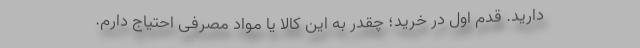
دارید. قدم اول در خرید؛ چقدر به این کالا یا مواد مصرفی احتیاج دارم.